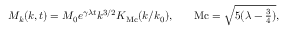
\begin{array} { r l r } { M _ { k } ( k , t ) = M _ { 0 } e ^ { \gamma \lambda t } k ^ { 3 / 2 } K _ { \mathrm { M c } } ( k / k _ { 0 } ) , } & { { } } & { \mathrm { M c } = \sqrt { 5 ( \lambda - \frac { 3 } { 4 } ) } , } \end{array}